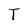
Character: T